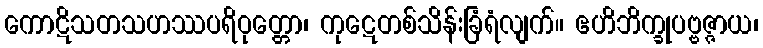
ကောဋိသတသဟဿပရိဝုတ္တော၊ ကုဋေတစ်သိန်းခြံရံလျက်။ ဧဟိဘိက္ခုပဗ္ဗဇ္ဇာယ၊